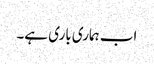
اب ہماری باری ہے۔